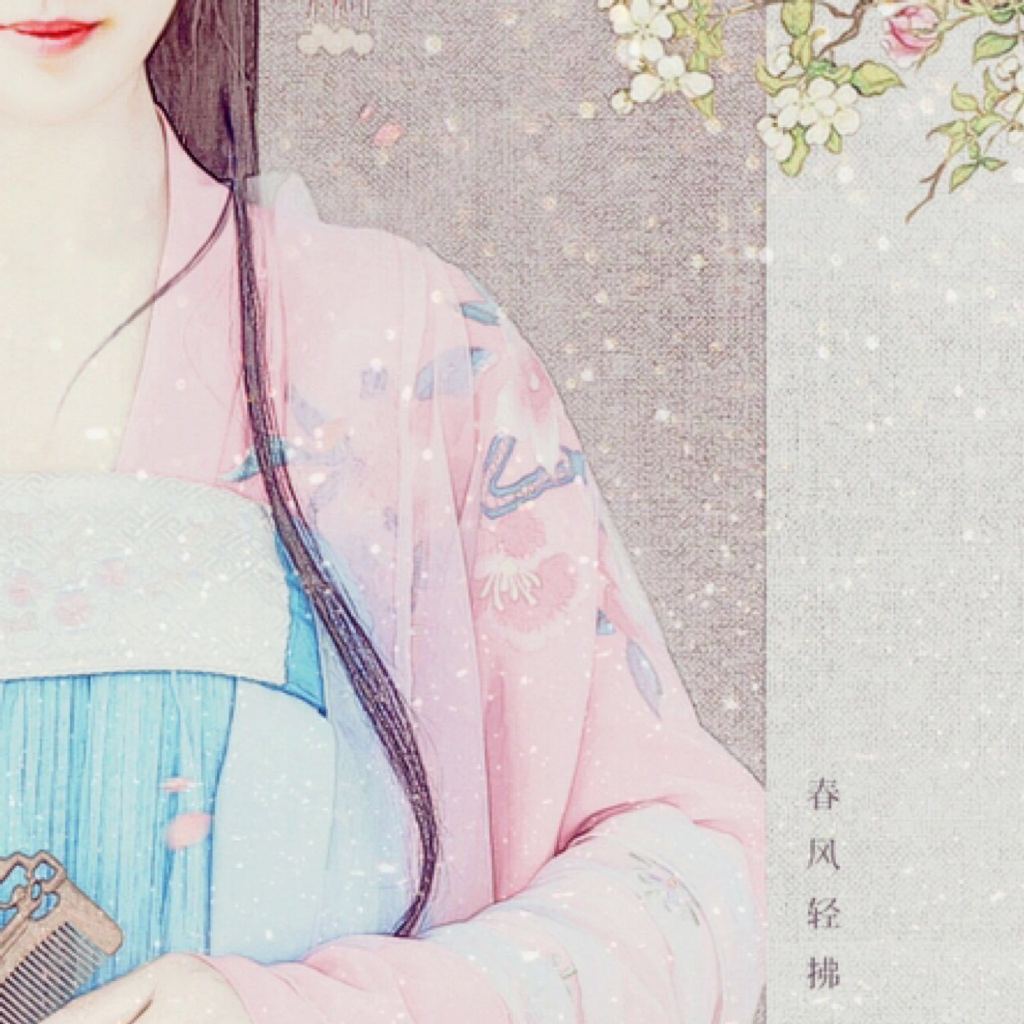
舜其大知也与！舜好问而好察迩言。隐恶而扬善。执其两端，用其中于民。其斯以为舜乎！